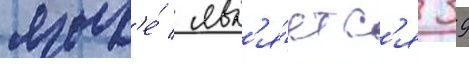
язык'е́ / явл'я́етс'я 39